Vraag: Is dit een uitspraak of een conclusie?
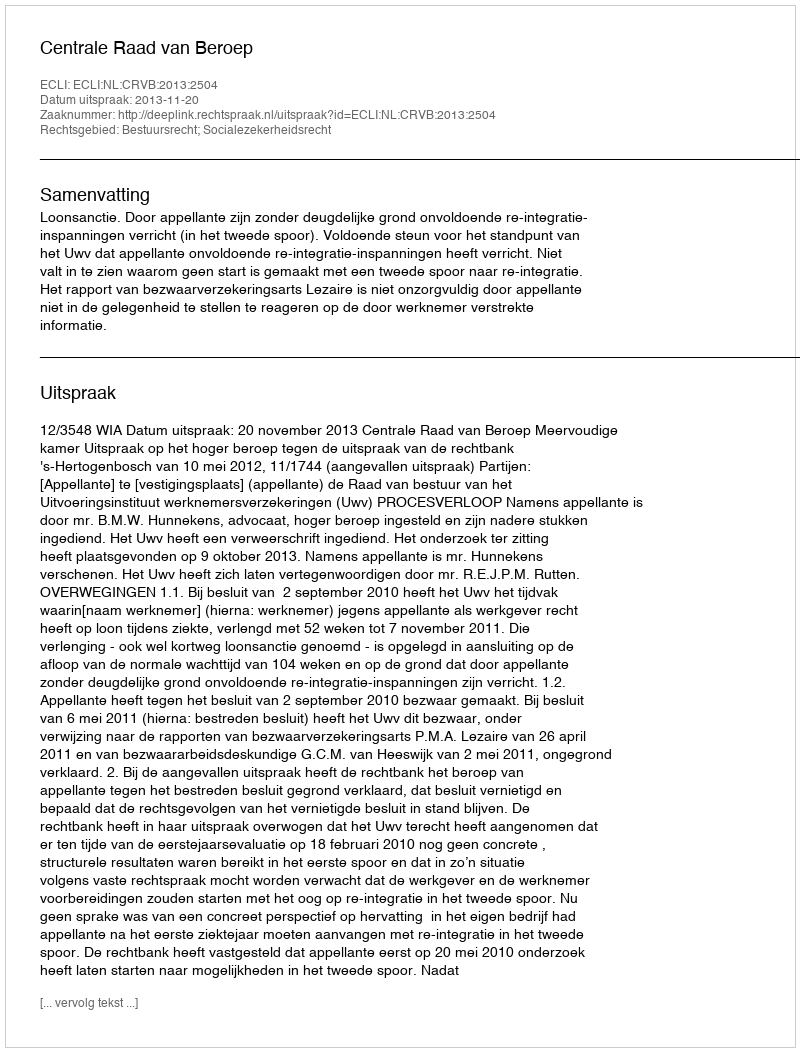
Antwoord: Uitspraak